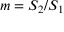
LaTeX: m = S _ { 2 } / S _ { 1 }